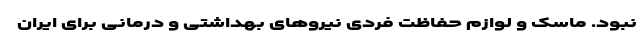
نبود. ماسک و لوازم حفاظت فردی نیروهای بهداشتی و درمانی برای ایران